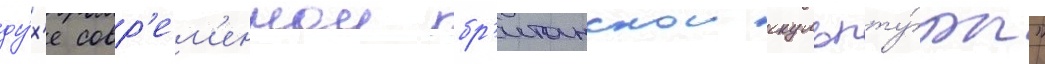
ду́х'е совр'ем'еннои бр'итанскои скульпту́ры"